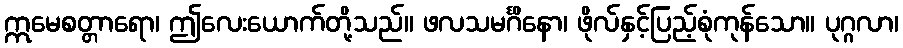
ဣမေစတ္တာရော၊ ဤလေးယောက်တို့သည်။ ဖလသမင်္ဂိနော၊ ဖိုလ်နှင့်ပြည့်စုံကုန်သော။ ပုဂ္ဂလာ၊